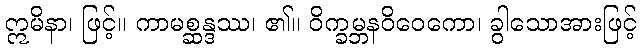
ဣမိနာ၊ ဖြင့်။ ကာမစ္ဆန္ဒဿ၊ ၏။ ဝိက္ခမ္ဘနဝိဝေကော၊ ခွါသောအားဖြင့်